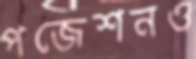
পজেশনও